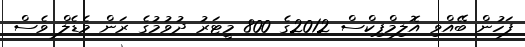
ފަހުން ބޭއްވި އޮލިމްޕިކްސް 2012ގެ 800 މީޓަރު ދުވުމުގެ ރަން މެޑެލް ވެސް